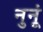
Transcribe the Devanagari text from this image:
नुनूं